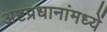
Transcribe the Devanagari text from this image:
अष्टप्रधानांमध्यें